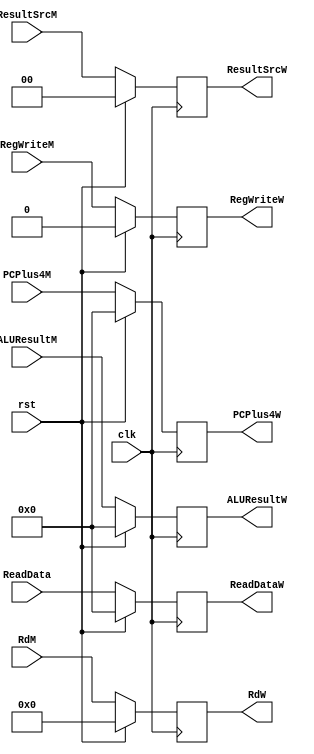
`timescale 1ps/1ps

module MEM_WB_register (
    input      [31:0] ALUResultM,
    input      [31:0] ReadData,
    input      [31:0] PCPlus4M,
    input      [4:0]  RdM,
    input             rst,
    input             clk,
    input             RegWriteM,
    input      [1:0]  ResultSrcM,
    output reg [31:0] ALUResultW,
    output reg [31:0] ReadDataW,
    output reg [31:0] PCPlus4W,
    output reg [4:0]  RdW,
    output reg [1:0]  ResultSrcW,
    output reg        RegWriteW
);
    always @(posedge clk) begin
        if(rst) begin
            ALUResultW <= 32'd0;
            ReadDataW  <= 32'd0;
            PCPlus4W   <= 32'd0;
            RdW        <= 5'd0;
            ResultSrcW <= 2'd0;
            RegWriteW  <= 0; 
        end
        else begin
            ALUResultW <= ALUResultM;
            ReadDataW  <= ReadData;
            PCPlus4W   <= PCPlus4M;
            RdW        <= RdM;
            ResultSrcW <= ResultSrcM;
            RegWriteW  <= RegWriteM; 
        end

    end
    
endmodule